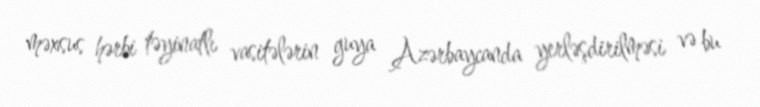
məxsus hərbi təyinatlı vasitələrin guya Azərbaycanda yerləşdirilməsi və bu